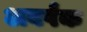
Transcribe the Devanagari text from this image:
अवर्पंक